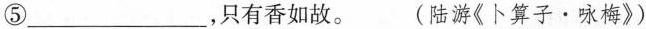
⑤___，只有香如故。 (陆游《卜算子·咏梅》)